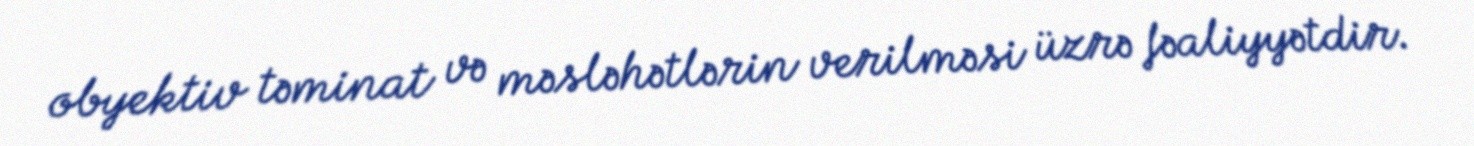
obyektiv təminat və məsləhətlərin verilməsi üzrə fəaliyyətdir.